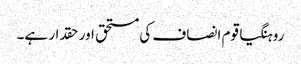
روہنگیا قوم انصاف کی مستحق اور حقدار ہے۔